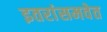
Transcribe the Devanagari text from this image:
इतरांसमवेत